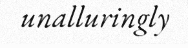
unalluringly